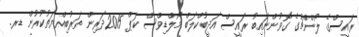
ރައީސްގެ ލޯންޗުގެ ގޮވުންނައިބު ރައީސް އަދީބުކްލަބް މޯލްޑިވްސް ކަޕް 2015ދަރިން ތަރުބިއްޔަތުކުރުން ޑރ.